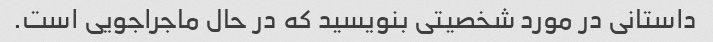
داستانی در مورد شخصیتی بنویسید که در حال ماجراجویی است.